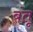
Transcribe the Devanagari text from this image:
बंतू